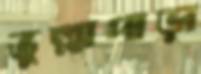
ভুল্লাপাড়া